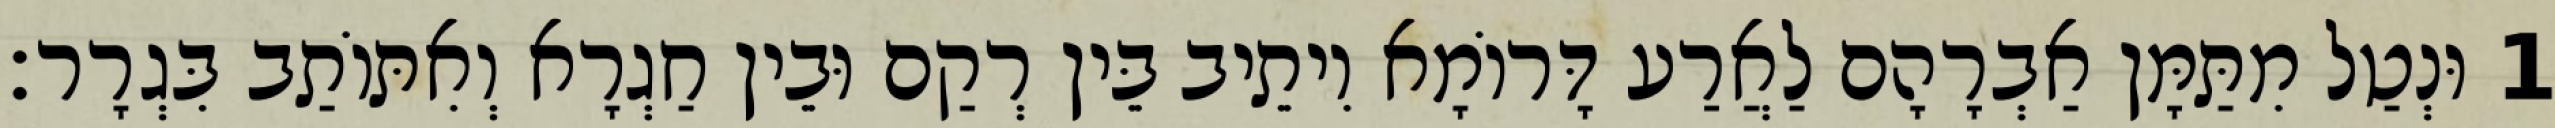
1 וּנְטַל מִתַּמָּן אַבְרָהָם לַאֲרַע דָּרוֹמָא וִיתֵיב בֵּין רְקַם וּבֵין חַגְרָא וְאִתּוֹתַב בִּגְרָר׃